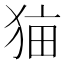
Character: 𰡑